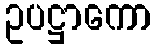
ဥပဋ္ဌာကော